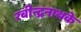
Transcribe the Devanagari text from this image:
रबीन्द्रनाथके